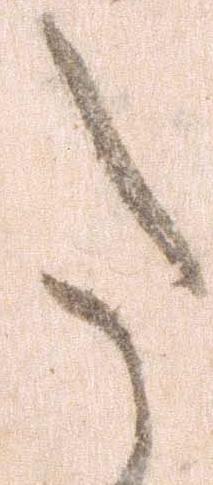
た